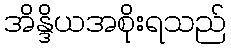
အိန္ဒိယအစိုးရသည်